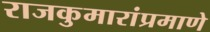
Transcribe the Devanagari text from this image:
राजकुमारांप्रमाणे